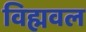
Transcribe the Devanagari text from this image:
विह्मवल